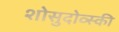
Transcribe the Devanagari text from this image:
शोसुदोव्स्की